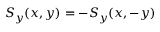
S _ { y } ( x , y ) = - S _ { y } ( x , - y )